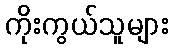
ကိုးကွယ်သူများ